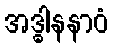
အဒ္ဓါနနာဝံ